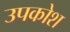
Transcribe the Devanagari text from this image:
उपकोश